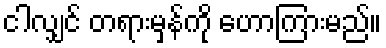
ငါလျှင် တရားမှန်ကို ဟောကြားမည်။